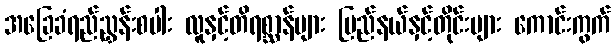
အခြေခံရည်ညွှန်းစပါး လူနှင့်တိရစ္ဆာန်များ ပြည်နယ်နှင့်တိုင်းများ ကောင်းကွက်